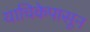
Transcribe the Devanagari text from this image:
याचिकेपासून